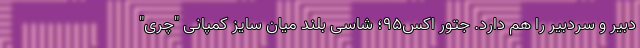
دبیر و سردبیر را هم دارد. جتور اکس95؛ شاسی بلند میان سایز کمپانی "چری"